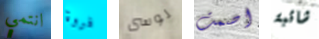
انتمي فروة لوسى اصمت شائبة